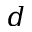
d